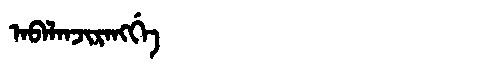
Manchu: ᠠᠪᠠᠯᠠᠨᠵᡳᡵᠠᠩᡤᡝ
Romanization: ABALANJIRANGGE